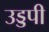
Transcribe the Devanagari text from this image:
उड्डपी